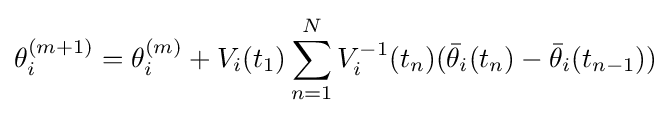
\theta _{i}^{(m+1)}=\theta _{i}^{(m)}+V_{i}(t_{1})\sum _{n=1}^{N}V_{i}^{-1}(t_{n})({\bar {\theta }}_{i}(t_{n})-{\bar {\theta }}_{i}(t_{n-1}))